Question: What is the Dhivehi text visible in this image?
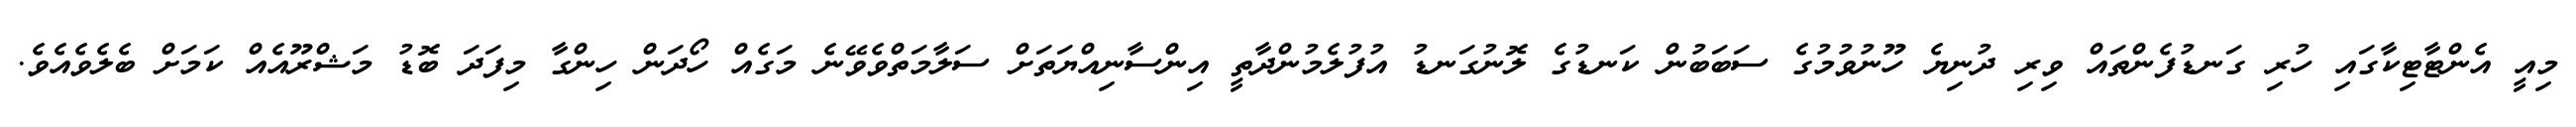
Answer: މިއީ އެންޓާޓިކާގައި ހުރި ގަނޑުފެންތައް ވިރި ދުނިޔެ ހޫނުވުމުގެ ސަބަބުން ކަނޑުގެ ލޮނުގަނޑު އުފުލެމުންދާތީ އިންސާނިއްޔަތަށް ސަލާމަތްވެވޭނެ މަގެއް ހޯދަން ހިންގާ މިފަދަ ބޮޑު މަޝްރޫއެއް ކަމަށް ބެލެވެއެވެ.